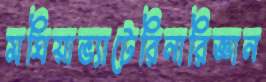
মঘিয়াভ্যাটেরিনারিজ্ঞান